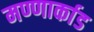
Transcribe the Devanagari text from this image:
मण्णार्काड